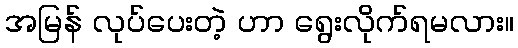
အမြန် လုပ်ပေးတဲ့ ဟာ ရွေးလိုက်ရမလား။